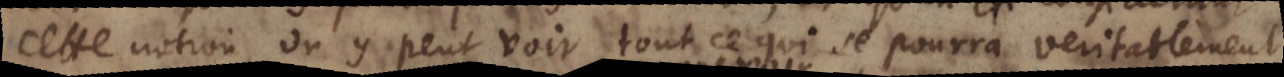
cette notion, on y peut voir tout ce qui se pourra veritablement